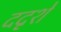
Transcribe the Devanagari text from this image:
ददृशे